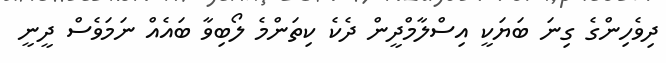
ދިވެހިންގެ ގިނަ ބަޔަކީ އިސްލާމްދީން ދެކެ ކިތަންމެ ލޯބިވާ ބައެއް ނަމަވެސް ދީނީ